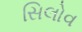
સિલોવ